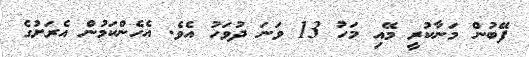
ފޭބުން މަނާކުރީ މޭއި މަހު 13 ވަނަ ދުވަހު އެވެ. އެހެންކަމުން އެރަށުގެ